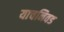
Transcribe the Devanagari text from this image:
याचनिवड